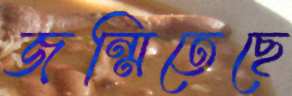
জন্মিতেছে